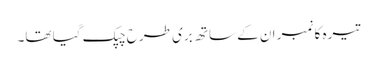
تیرہ کا نمبر ان کے ساتھ بری طرح چپک گیا تھا۔